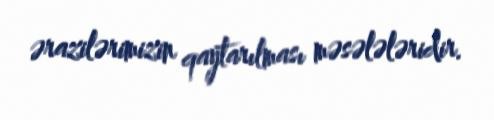
ərazilərimizin qaytarılması məsələləridir.